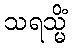
သရသ္မိံ